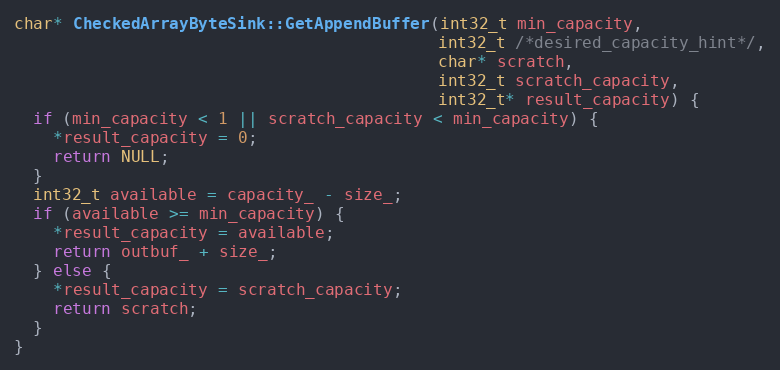
Language: C++
char* CheckedArrayByteSink::GetAppendBuffer(int32_t min_capacity,
                                            int32_t /*desired_capacity_hint*/,
                                            char* scratch,
                                            int32_t scratch_capacity,
                                            int32_t* result_capacity) {
  if (min_capacity < 1 || scratch_capacity < min_capacity) {
    *result_capacity = 0;
    return NULL;
  }
  int32_t available = capacity_ - size_;
  if (available >= min_capacity) {
    *result_capacity = available;
    return outbuf_ + size_;
  } else {
    *result_capacity = scratch_capacity;
    return scratch;
  }
}